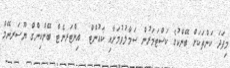
މިފަދަ ކަންތަކަށް ބޭންކުގެ ކަސްޓަމަރުން ސަމާލުވުމަށާއި ކައުންޓް  އިންޓަރނެޓް ބޭންކިންގް ޔޫސަރނޭމް